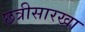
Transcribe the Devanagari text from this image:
छत्रीसारखा